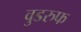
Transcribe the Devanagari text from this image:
वुडरुफ